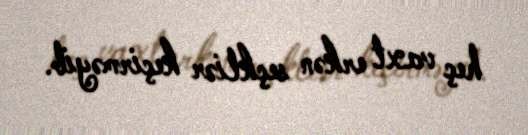
heç vaxt erkən seçkliər keçirməyib.